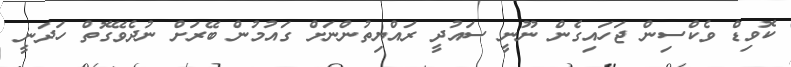
ކޮވިޑް ވެކްސިން ޖަހައިގެން ނޫނީ ސައުދީ ރައްޔިތުންނަށް ގައުމުން ބޭރަށް ނުދެވޭގޮތް ހަދަނީ